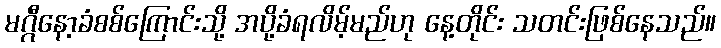
မဂ္ဂီနော့ခံစစ်ကြောင်းသို့ အပို့ခံရလိမ့်မည်ဟု နေ့တိုင်း သတင်းဖြစ်နေသည်။